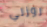
روزلي